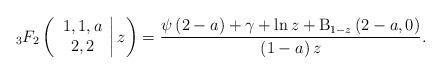
LaTeX: \begin{align*}_{3}F_{2}\left( \left.\begin{array}{c}1,1,a \\2,2\end{array}\right\vert z\right) =\frac{\psi \left( 2-a\right) +\gamma +\ln z+\mathrm{B}_{1-z}\left( 2-a,0\right) }{\left( 1-a\right) z}. \end{align*}